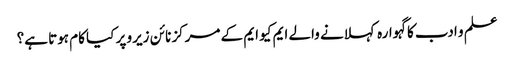
علم و ادب کا گہوارہ کہلانے والے ایم کیو ایم کے مرکز نائن زیرو پر کیا کام ہوتا ہے؟